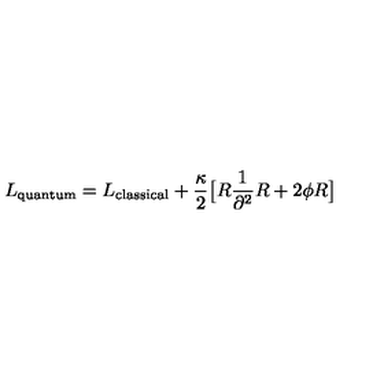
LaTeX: L _ { \mathrm { q u a n t u m } } = L _ { \mathrm { c l a s s i c a l } } + { \frac { \kappa } { 2 } } \big [ R { \frac { 1 } { \partial ^ { 2 } } } R + 2 \phi R \big ]